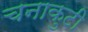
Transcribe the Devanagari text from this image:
चनाकुटी